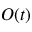
O ( t )